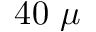
4 0 ~ \mu